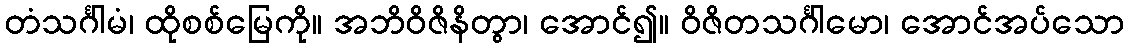
တံသင်္ဂါမံ၊ ထိုစစ်မြေကို။ အဘိဝိဇိနိတွာ၊ အောင်၍။ ဝိဇိတသင်္ဂါမော၊ အောင်အပ်သော